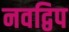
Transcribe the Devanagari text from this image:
नवद्विप